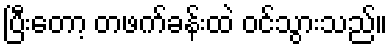
ပြီးတော့ တဖက်ခန်းထဲ ဝင်သွားသည်။